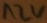
Text: 12V